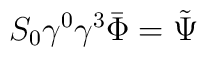
S_0\gamma ^0\gamma ^3\bar \Phi =\tilde \Psi